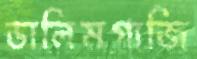
ডালিমগাজি